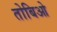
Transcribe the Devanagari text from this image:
तोबिओ